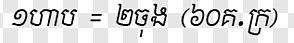
១ហាប = ២ចុង (៦០គ.ក្រ)